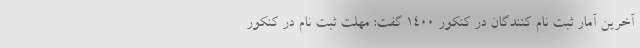
آخرین آمار ثبت نام کنندگان در کنکور ۱۴۰۰ گفت: مهلت ثبت نام در کنکور